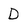
Character: D